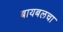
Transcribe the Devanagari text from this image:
बायबलचा